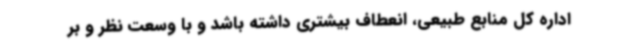
اداره کل منابع طبیعی، انعطاف بیشتری داشته باشد و با وسعت نظر و بر